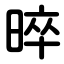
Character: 晬